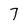
Character: 7